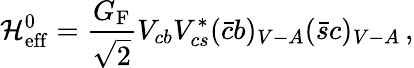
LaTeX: {\cal H}_{\mathrm{eff}}^{0}=\frac{G_{\mathrm{F}}}{\sqrt 2}V_{cb}V_{cs}^{*}(\bar{c}b)_{V-A}(\bar{s}c)_{V-A}\, ,